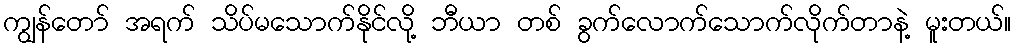
ကျွန်တော် အရက် သိပ်မသောက်နိုင်လို့ ဘီယာ တစ် ခွက်လောက်သောက်လိုက်တာနဲ့ မူးတယ်။